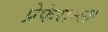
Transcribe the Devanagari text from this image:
प्रेफेरान्स्ज़